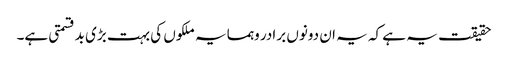
حقیقت یہ ہے کہ یہ ان دونوں برادر وہمسایہ ملکوں کی بہت بڑی بدقسمتی ہے۔